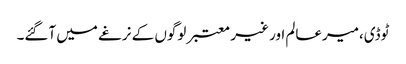
ٹوڈی،میرعالم اور غیر معتبر لوگوں کے نرغے میں آگئے۔